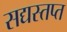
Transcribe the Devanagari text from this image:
सद्यस्तप्त